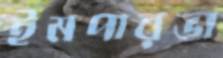
ইমপারভা